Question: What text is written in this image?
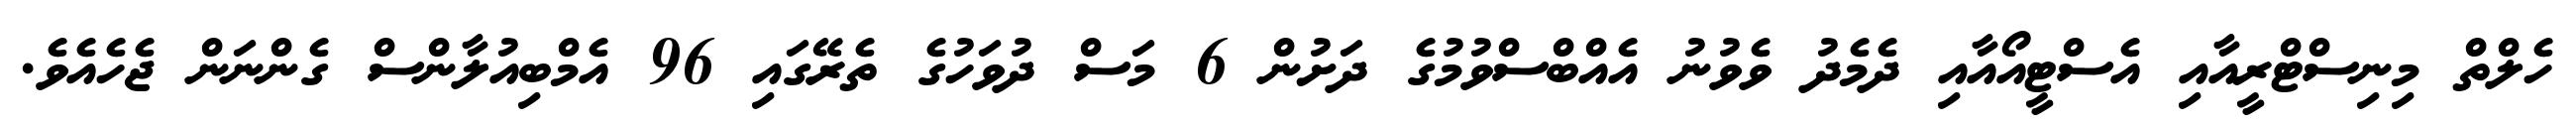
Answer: ހެލްތް މިނިސްޓްރީއާއި އެސްޓީއޯއާއި ދެމެދު ވެވުނު އެއްބްސްވުމުގެ ދަށުން 6 މަސް ދުވަހުގެ ތެރޭގައި 96 އެމްބިއުލާންސް ގެންނަން ޖެހެއެވެ.